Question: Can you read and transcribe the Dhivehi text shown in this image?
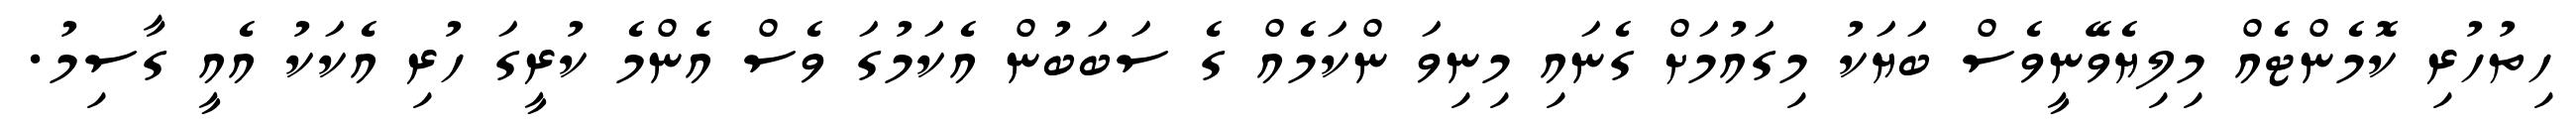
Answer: ހިތުހުރި ކޮމެންޓެއް މިލިޔެވޭނީވެސް ބަޔަކު މިގައުމަށް ގެނައި މިނިވަ ންކަމެއް ގެ ސަބަބުން އެކަމުގަ ވެސް އެންމެ ކުރީގަ ހުރި އެކަކު އެއީ ގާސިމު.